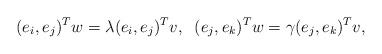
LaTeX: \begin{align*}(e_i,e_j)^T w = \lambda (e_i,e_j)^Tv, \;\; (e_j,e_k)^Tw = \gamma (e_j,e_k)^Tv,\end{align*}